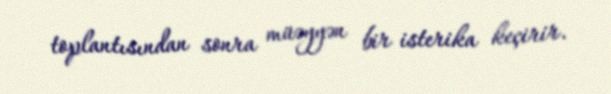
toplantısından sonra müəyyən bir isterika keçirir.